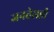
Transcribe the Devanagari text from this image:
जनतेसही